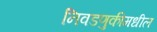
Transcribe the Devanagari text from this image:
निवडणुकीमधील